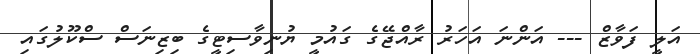
އަލީ ފަވާޒް --- އަންނަ އަހަރު ރާއްޖޭގެ ގައުމީ ޔުނިވާސިޓީގެ ބިޒިނަސް ސްކޫލުގައި